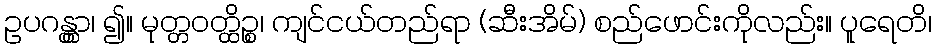
ဥပဂန္တွာ၊ ၍။ မုတ္တဝတ္ထိဉ္စ၊ ကျင်ငယ်တည်ရာ (ဆီးအိမ်) စည်ဖောင်းကိုလည်း။ ပူရေတိ၊